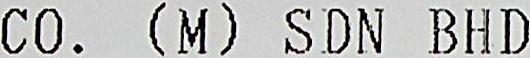
CO. (M) SDN BHD